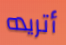
أتريده